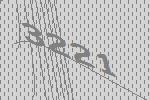
3221